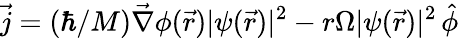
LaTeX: \vec{j}=(\hbar/M)\vec{\nabla}\phi(\vec{r})|\psi(\vec{r})|^{2}-r\Omega|\psi(\vec{r})|^{2}\, \hat{\phi}